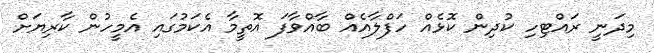
މިދަނީ ރައްޓިހި ކުދިން ކޮޅެއް ހަފްލާއެއް ބާއްވާފަ އޮތީމާ އެކަމުގައި އެމީހުން ކާރިޔަށް